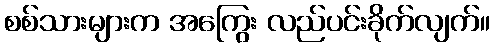
စစ်သားများက အကြွေး လည်ပင်းခိုက်လျက်။